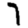
Digit: 7